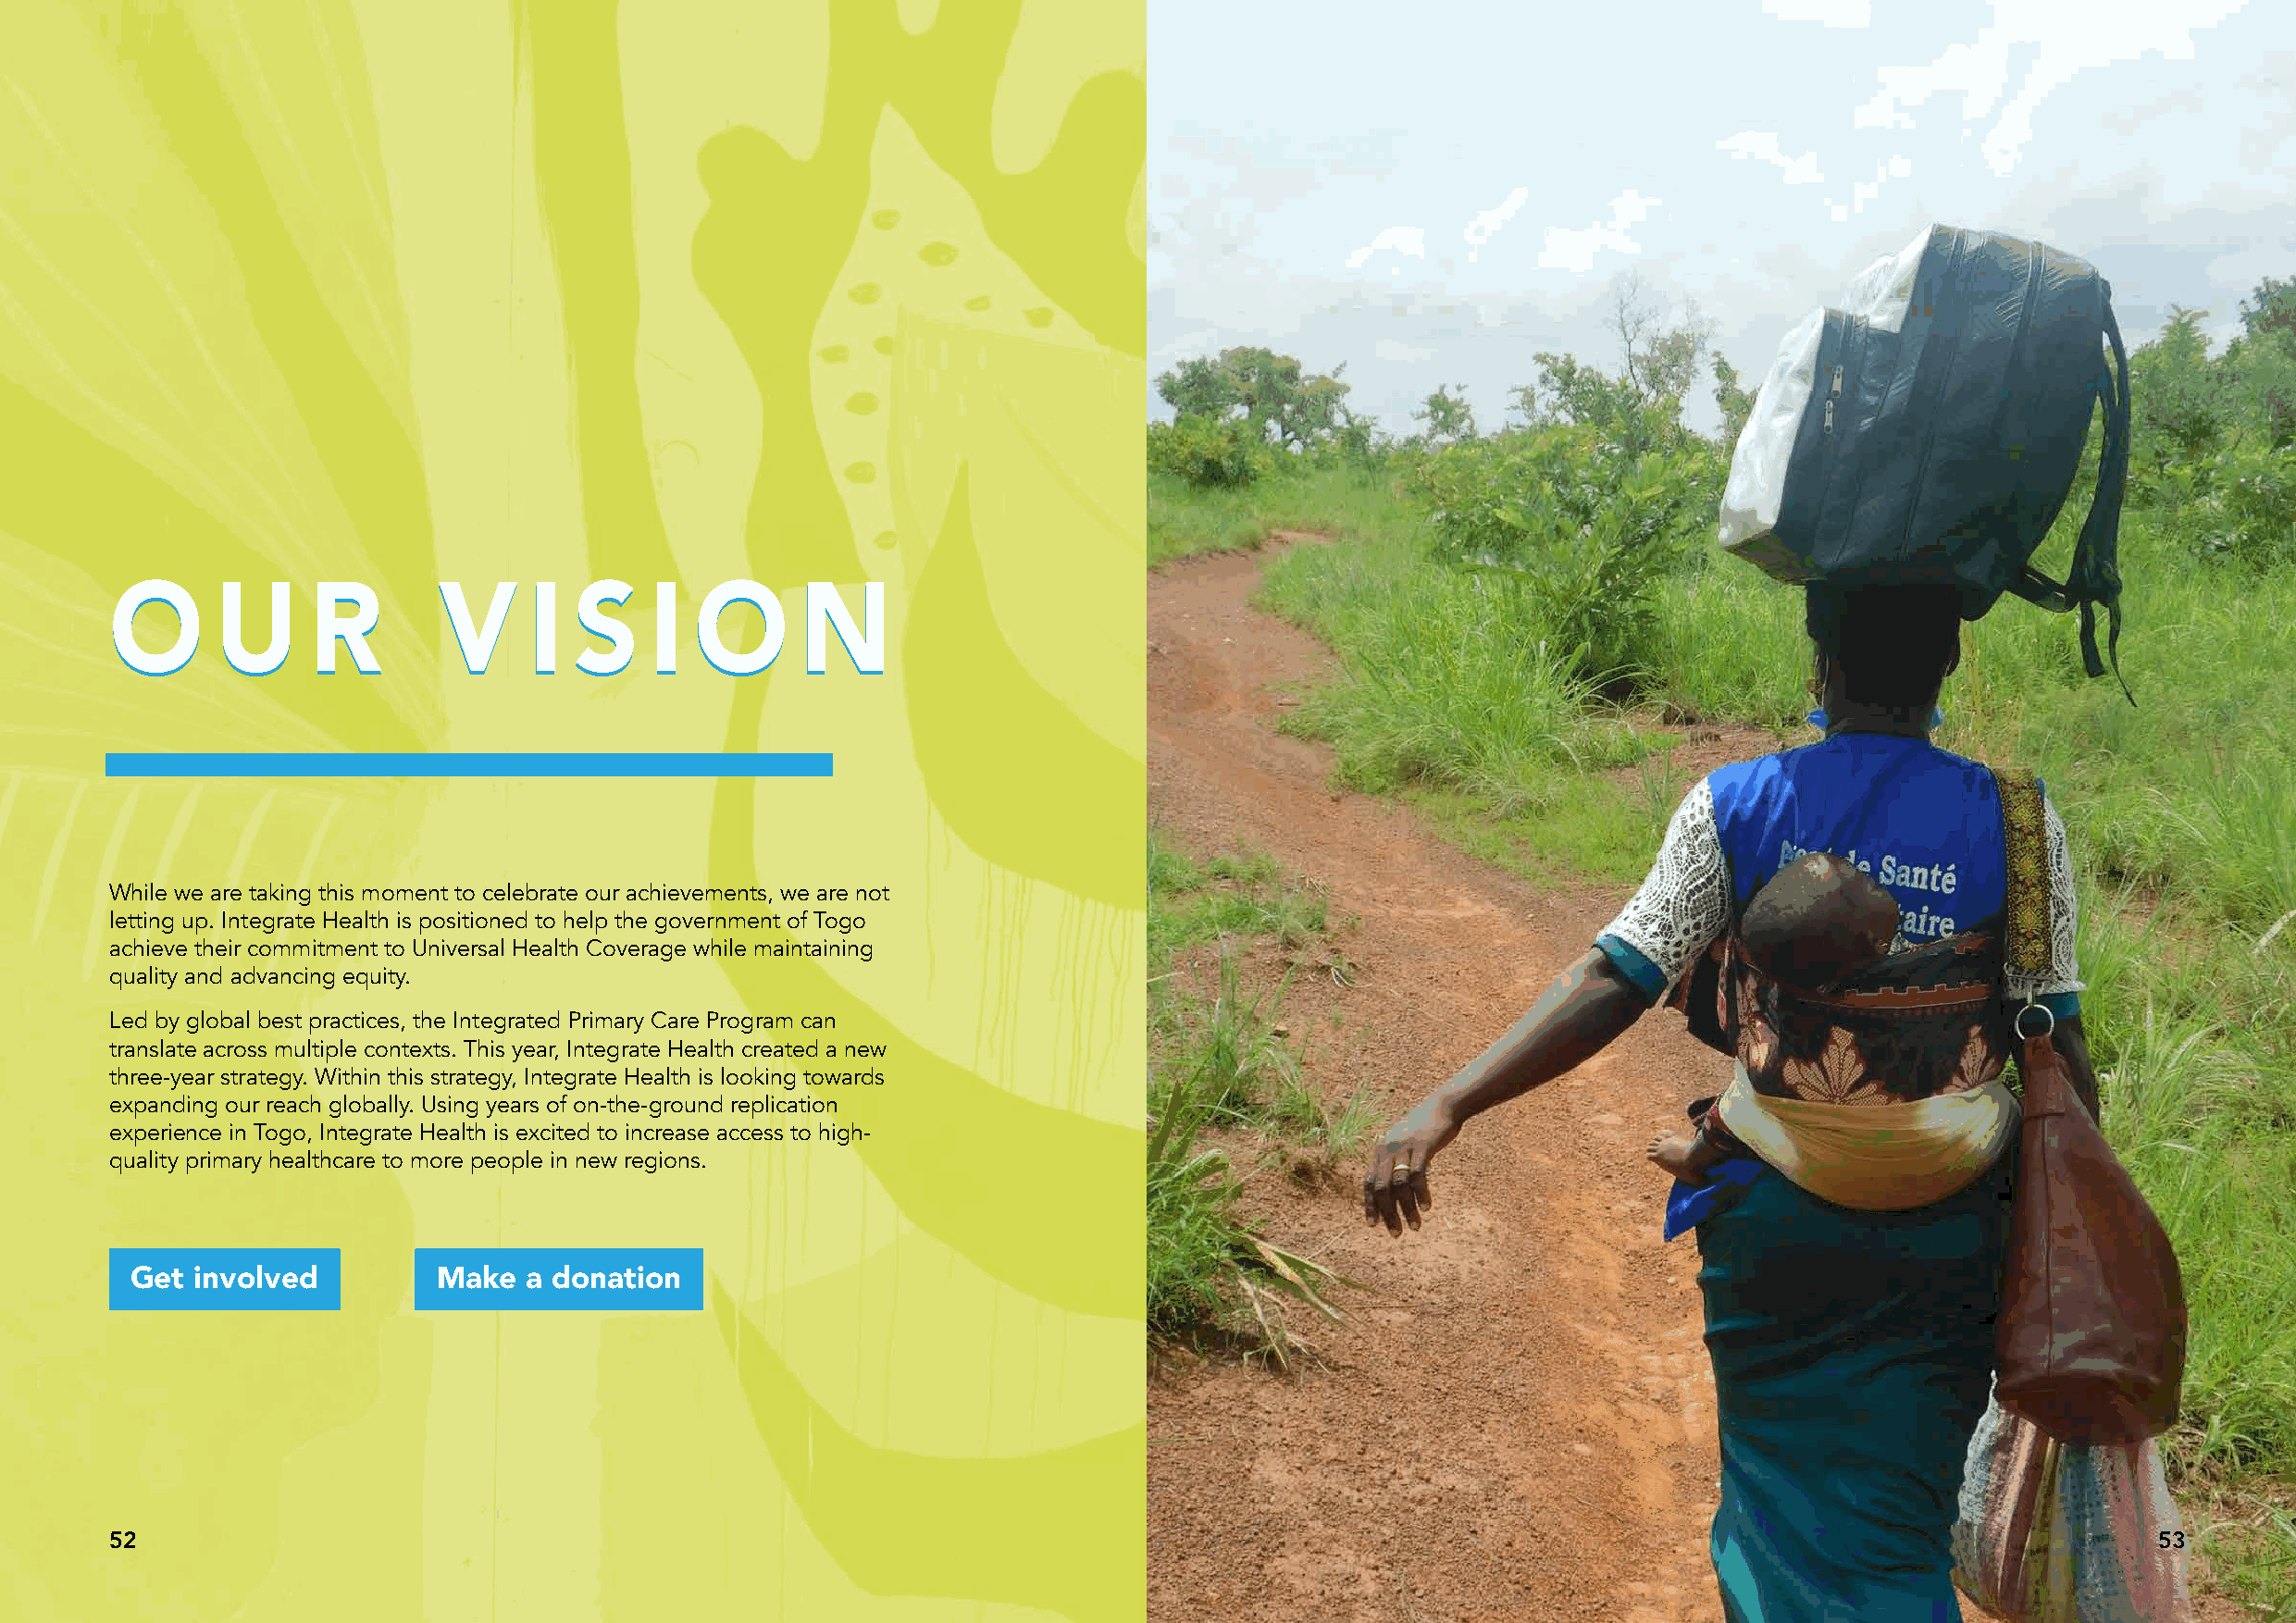
OO     UU     RR       VV     II SS   II  OO     NN
 While we are taking this moment to celebrate our achievements, we are not
 letting up. Integrate Health is positioned to help the government of Togo
 achieve their commitment to Universal Health Coverage while maintaining
 quality and advancing equity.
 Led by global best practices, the Integrated Primary Care Program can
 translate across multiple contexts. This year, Integrate Health created a new
 three-year strategy. Within this strategy, Integrate Health is looking towards
 expanding our reach globally. Using years of on-the-ground replication
 experience in Togo, Integrate Health is excited to increase access to high-
 quality primary healthcare to more people in new regions.
 Get  involved         Make   a donation
 52                                                                                                                                                53